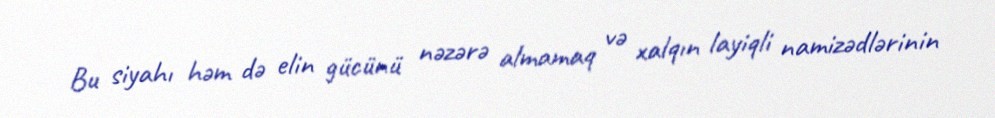
Bu siyahı həm də elin gücünü nəzərə almamaq və xalqın layiqli namizədlərinin